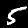
Digit: 5